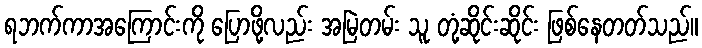
ရဘက်ကာအကြောင်းကို ပြောဖို့လည်း အမြဲတမ်း သူ တုံ့ဆိုင်းဆိုင်း ဖြစ်နေတတ်သည်။